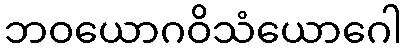
ဘဝယောဂဝိသံယောဂေါ